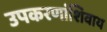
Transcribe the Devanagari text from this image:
उपकरणांशिवाय